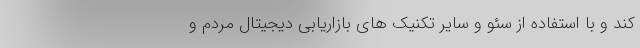
کند و با استفاده از سئو و سایر تکنیک های بازاریابی دیجیتال مردم و